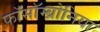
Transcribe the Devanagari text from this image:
फॉसॉम्ब्रोनिया